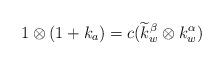
LaTeX: \begin{align*}1\otimes(1+k_a)=c(\widetilde{k}_w^{\beta}\otimes {k}_w^{\alpha})\end{align*}